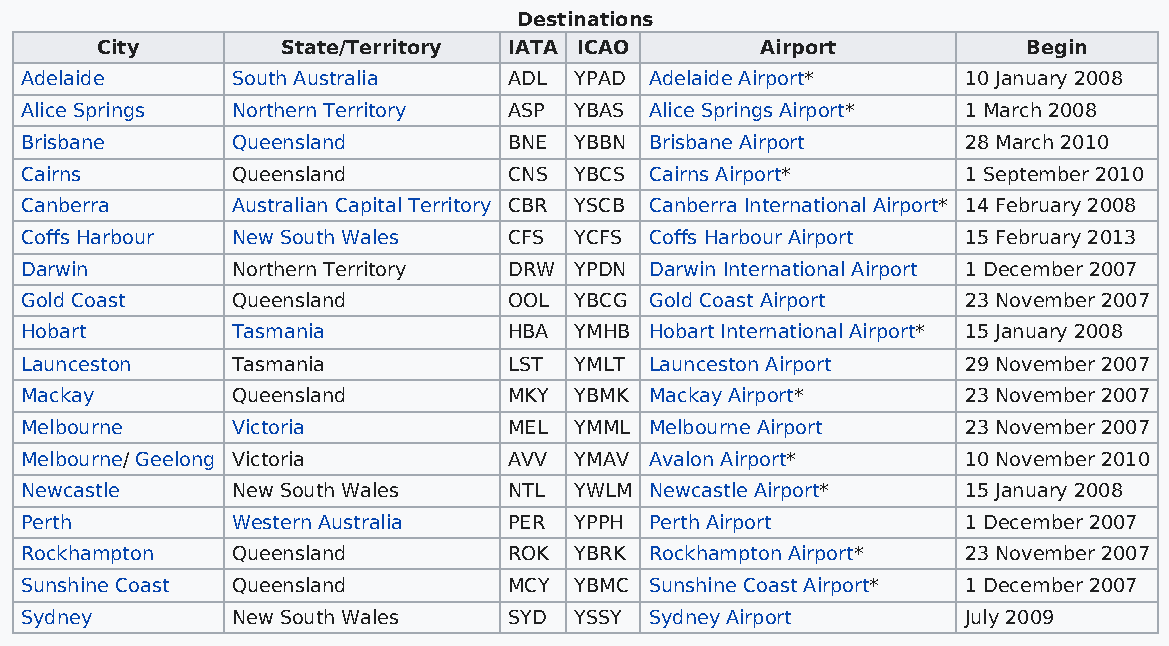
Destinations
 City         State/Territory IATA ICAO      Airport           Begin
 Adelaide      South Australia    ADL YPAD Adelaide Airport*    10 January 2008
 Alice Springs Northern Territory ASP YBAS Alice Springs Airport* 1 March 2008
 Brisbane      Queensland         BNE YBBN Brisbane Airport     28 March 2010
 Cairns        Queensland         CNS YBCS Cairns Airport*      1 September 2010
 Canberra      Australian Capital Territory CBR YSCB Canberra International Airport* 14 February 2008
 Coffs Harbour New South Wales    CFS YCFS Coffs Harbour Airport 15 February 2013
 Darwin        Northern Territory DRW YPDN Darwin International Airport 1 December 2007
 Gold Coast    Queensland         OOL YBCG Gold Coast Airport   23 November 2007
 Hobart        Tasmania           HBA YMHB Hobart International Airport* 15 January 2008
 Launceston    Tasmania           LST YMLT Launceston Airport   29 November 2007
 Mackay        Queensland         MKY YBMK Mackay Airport*      23 November 2007
 Melbourne     Victoria           MEL YMML Melbourne Airport    23 November 2007
 Melbourne/ Geelong Victoria      AVV YMAV Avalon Airport*      10 November 2010
 Newcastle     New South Wales    NTL YWLM Newcastle Airport*   15 January 2008
 Perth         Western Australia  PER YPPH Perth Airport        1 December 2007
 Rockhampton   Queensland         ROK YBRK Rockhampton Airport* 23 November 2007
 Sunshine Coast Queensland        MCY YBMC Sunshine Coast Airport* 1 December 2007
 Sydney        New South Wales    SYD YSSY Sydney Airport       July 2009